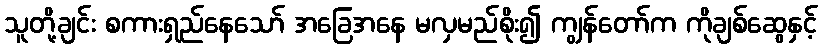
သူတို့ချင်း စကားရှည်နေသော် အခြေအနေ မလှမည်စိုး၍ ကျွန်တော်က ကိုချစ်ဆွေနှင့်